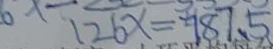
1 2 6 x = 7 8 7 . 5